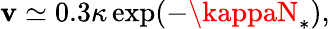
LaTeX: \mathbf{v}\simeq0.3\kappa\exp(-\kappaN_{*}),